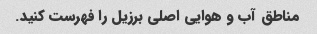
مناطق آب و هوایی اصلی برزیل را فهرست کنید.